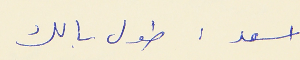
اسعد : طول بالك